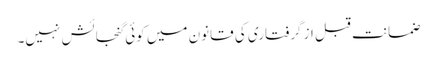
ضمانت قبل از گرفتاری کی قانون میں کوئی گنجائش نہیں۔